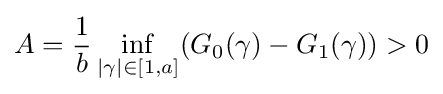
A={\frac {1}{b}}\inf _{|\gamma |\in [1,a]}(G_{0}(\gamma )-G_{1}(\gamma ))>0